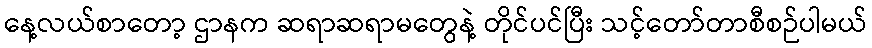
နေ့လယ်စာတော့ ဌာနက ဆရာဆရာမတွေနဲ့ တိုင်ပင်ပြီး သင့်တော်တာစီစဉ်ပါမယ်